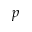
\boldsymbol { p }